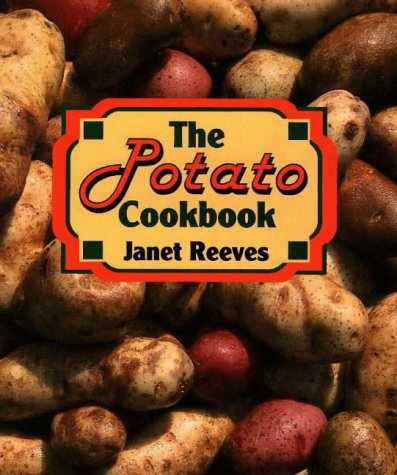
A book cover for Potato Cookbook, The; Miriam Reeves; Cookbooks, Food & Wine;